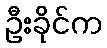
ဦးခိုင်က